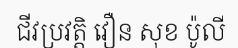
ជីវប្រវត្តិ វឿន សុខ ប៉ូលី